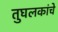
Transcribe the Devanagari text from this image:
तुघलकांचे